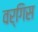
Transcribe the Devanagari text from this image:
वर्गिस